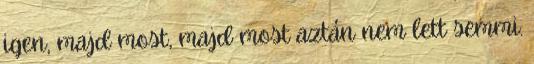
igen, majd most, majd most aztán nem lett semmi.